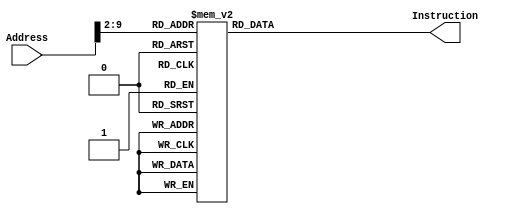
module InstructionMemory_S(Address, Instruction);
input [31:0] Address;
output [31:0] Instruction;
reg [31:0] Instruction;
always @(*)
	case(Address[9:2])
		0: Instruction<=32'b00001000000000000000000000000011;	//j Main
		1: Instruction<=32'b00001000000000000000000000100010;	//j Interrupt
		2: Instruction<=32'b00001000000000000000000000000000;	//j Abnormal
		3: Instruction<=32'b00111100000111100100000000000000;	//Main:   lui $fp,16384
		4: Instruction<=32'b00100000000111010000010000000000;	//addi $sp,$zero,1024
		5: Instruction<=32'b10101111110000000000000000001000;	//sw $zero,2($fp)
		6: Instruction<=32'b00100000000010001111100000000000;	//addi $t0,$zero,-2048
		7: Instruction<=32'b10101111110010000000000000000000;	//sw $t0,0($fp)
		8: Instruction<=32'b00100000000010001111111111111111;	//addi $t0,$zero,-1
		9: Instruction<=32'b10101111110010000000000000000100;	//sw $t0,1($fp)
		10:Instruction<=32'b00100000000010000000000000000011;	//addi $t0,$zero,3
		11:Instruction<=32'b10101111110010000000000000001000;	//sw $t0,2($fp)
		12:Instruction<=32'b10001111110010000000000000100000;	//Read1:   lw $t0,8($fp)
		13:Instruction<=32'b00110001000010000000000000001000;	//andi $t0,$t0,8
		14:Instruction<=32'b00010000000010001111111111111101;	//beq $t0,$zero,Read1
		15:Instruction<=32'b10001111110100000000000000011100;	//lw $s0,7($fp)
		16:Instruction<=32'b00000010000000001011000000100000;	//add $s6,$s0,$zero
		17:Instruction<=32'b10001111110010000000000000100000;	//Read2:   lw $t0,8($fp)
		18:Instruction<=32'b00110001000010000000000000001000;	//andi $t0,$t0,8
		19:Instruction<=32'b00010000000010001111111111111101;	//beq $t0,$zero,Read2
		20:Instruction<=32'b10001111110100010000000000011100;	//lw $s1,7($fp)
		21:Instruction<=32'b00000010001000001011100000100000;	//add $s7,$s1,$zero
		22:Instruction<=32'b00000000000000001001000000100000;	//add $s2,$zero,$zero
		23:Instruction<=32'b00000010001100000100000000100010;	//Judge:   sub $t0,$s1,$s0
		24:Instruction<=32'b00010000000010000000000000000110;	//beq $t0,$zero,Result
		25:Instruction<=32'b01001001000000000000000000000011;	//bltz $t0,Minus
		26:Instruction<=32'b00000010000000000100100000100000;	//add $t1,$s0,$zero
		27:Instruction<=32'b00000010001000001000000000100000;	//add $s0,$s1,$zero
		28:Instruction<=32'b00000001001000001000100000100000;	//add $s1,$t1,$zero
		29:Instruction<=32'b00000010000100011000000000100010;	//Minus:   sub $s0,$s0,$s1
		30:Instruction<=32'b00001000000000000000000000010111;	//j Judge
		31:Instruction<=32'b00000000000100011001000000100000;	//Result:   add $s2,$zero,$s1
		32:Instruction<=32'b10101111110100100000000000011000;	//sw $s2,6($fp)
		33:Instruction<=32'b00001000000000000000000000001100;	//j Read1
		34:Instruction<=32'b00100011101111011111111111011100;	//Interrupt:   addi $sp,$sp,-36
		35:Instruction<=32'b10101111101111100000000000100000;	//sw $fp,8($sp)
		36:Instruction<=32'b10101111101101100000000000011100;	//sw $s6,7($sp)
		37:Instruction<=32'b10101111101101110000000000011000;	//sw $s7,6($sp)
		38:Instruction<=32'b10101111101100100000000000010100;	//sw $s2,5($sp)
		39:Instruction<=32'b10101111101110100000000000010000;	//sw $k0,4($sp)
		40:Instruction<=32'b10101111101010000000000000001100;	//sw $t0,3($sp)
		41:Instruction<=32'b10101111101010010000000000001000;	//sw $t1,2($sp)
		42:Instruction<=32'b10101111101100000000000000000100;	//sw $s0,1($sp)
		43:Instruction<=32'b10101111101100010000000000000000;	//sw $s1,0($sp)
		44:Instruction<=32'b10101111110000000000000000001000;	//sw $zero,2($fp)
		45:Instruction<=32'b10001111110010000000000000010100;	//lw $t0,5($fp)
		46:Instruction<=32'b00110001000010010000100000000000;	//andi $t1,$t0,2048
		47:Instruction<=32'b00010000000010010000000000000111;	//beq $t1,$zero,AN2
		48:Instruction<=32'b00110001000010010000010000000000;	//andi $t1,$t0,1024
		49:Instruction<=32'b00010000000010010000000000001000;	//beq $t1,$zero,AN1
		50:Instruction<=32'b00110001000010010000001000000000;	//andi $t1,$t0,512
		51:Instruction<=32'b00010000000010010000000000001001;	//beq $t1,$zero,AN0
		52:Instruction<=32'b00000000000101100100000100000010;	//srl $t0,$s6,4
		53:Instruction<=32'b00100000000010010000011100000000;	//addi $t1,$zero,1792
		54:Instruction<=32'b00001000000000000000000000111111;	//j Trans
		55:Instruction<=32'b00110010110010000000000000001111;	//AN2:   andi $t0,$s6,15
		56:Instruction<=32'b00100000000010010000101100000000;	//addi $t1,$zero,2816
		57:Instruction<=32'b00001000000000000000000000111111;	//j Trans
		58:Instruction<=32'b00000000000101110100000100000010;	//AN1:   srl $t0,$s7,4
		59:Instruction<=32'b00100000000010010000110100000000;	//addi $t1,$zero,3328
		60:Instruction<=32'b00001000000000000000000000111111;	//j Trans
		61:Instruction<=32'b00110010111010000000000000001111;	//AN0:   andi $t0,$s7,15
		62:Instruction<=32'b00100000000010010000111000000000;	//addi $t1,$zero,3584
		63:Instruction<=32'b00010100000010000000000000000010;	//Trans:
		64:Instruction<=32'b00100001001010010000000011000000;	//bne $t0,$zero,One
		65:Instruction<=32'b00001000000000000000000001111011;	//addi $t1,$t1,192
		66:Instruction<=32'b00100001000010001111111111111111;	//j Save
		67:Instruction<=32'b00010100000010000000000000000010;	//One:   addi $t0,$t0,-1
		68:Instruction<=32'b00100001001010010000000011111001;	//bne $t0,$zero,Two
		69:Instruction<=32'b00001000000000000000000001111011;	//addi $t1,$t1,249
		70:Instruction<=32'b00100001000010001111111111111111;	//j Save
		71:Instruction<=32'b00010100000010000000000000000010;	//Two:   addi $t0,$t0,-1
		72:Instruction<=32'b00100001001010010000000010100100;	//bne $t0,$zero,Three
		73:Instruction<=32'b00001000000000000000000001111011;	//addi $t1,$t1,164
		74:Instruction<=32'b00100001000010001111111111111111;	//j Save
		75:Instruction<=32'b00010100000010000000000000000010;	//Three:   addi $t0,$t0,-1
		76:Instruction<=32'b00100001001010010000000010110000;	//bne $t0,$zero,Four
		77:Instruction<=32'b00001000000000000000000001111011;	//addi $t1,$t1,176
		78:Instruction<=32'b00100001000010001111111111111111;	//j Save
		79:Instruction<=32'b00010100000010000000000000000010;	//Four:   addi $t0,$t0,-1
		80:Instruction<=32'b00100001001010010000000010011001;	//bne $t0,$zero,Five
		81:Instruction<=32'b00001000000000000000000001111011;	//addi $t1,$t1,153
		82:Instruction<=32'b00100001000010001111111111111111;	//j Save
		83:Instruction<=32'b00010100000010000000000000000010;	//Five:   addi $t0,$t0,-1
		84:Instruction<=32'b00100001001010010000000010010010;	//bne $t0,$zero,Six
		85:Instruction<=32'b00001000000000000000000001111011;	//addi $t1,$t1,146
		86:Instruction<=32'b00100001000010001111111111111111;	//j Save
		87:Instruction<=32'b00010100000010000000000000000010;	//Six:   addi $t0,$t0,-1
		88:Instruction<=32'b00100001001010010000000010000010;	//bne $t0,$zero,Seven
		89:Instruction<=32'b00001000000000000000000001111011;	//addi $t1,$t1,130
		90:Instruction<=32'b00100001000010001111111111111111;	//j Save
		91:Instruction<=32'b00010100000010000000000000000010;	//Seven:   addi $t0,$t0,-1
		92:Instruction<=32'b00100001001010010000000011111000;	//bne $t0,$zero,Eight
		93:Instruction<=32'b00001000000000000000000001111011;	//addi $t1,$t1,248
		94:Instruction<=32'b00100001000010001111111111111111;	//j Save
		95:Instruction<=32'b00010100000010000000000000000010;	//Eight:   addi $t0,$t0,-1
		96:Instruction<=32'b00100001001010010000000010000000;	//bne $t0,$zero,Nine
		97:Instruction<=32'b00001000000000000000000001111011;	//addi $t1,$t1,128
		98:Instruction<=32'b00100001000010001111111111111111;	//j Save
		99:Instruction<=32'b00010100000010000000000000000010;	//Nine:   addi $t0,$t0,-1
		100:Instruction<=32'b00100001001010010000000010010000;	//bne $t0,$zero,Ten
		101:Instruction<=32'b00001000000000000000000001111011;	//addi $t1,$t1,144
		102:Instruction<=32'b00100001000010001111111111111111;	//j Save
		103:Instruction<=32'b00010100000010000000000000000010;	//Ten:   addi $t0,$t0,-1
		104:Instruction<=32'b00100001001010010000000010001000;	//bne $t0,$zero,Eleven
		105:Instruction<=32'b00001000000000000000000001111011;	//addi $t1,$t1,136
		106:Instruction<=32'b00100001000010001111111111111111;	//j Save
		107:Instruction<=32'b00010100000010000000000000000010;	//Eleven:   addi $t0,$t0,-1
		108:Instruction<=32'b00100001001010010000000010000011;	//bne $t0,$zero,Twelve
		109:Instruction<=32'b00001000000000000000000001111011;	//addi $t1,$t1,131
		110:Instruction<=32'b00100001000010001111111111111111;	//j Save
		111:Instruction<=32'b00010100000010000000000000000010;	//Twelve:   addi $t0,$t0,-1
		112:Instruction<=32'b00100001001010010000000011000110;	//bne $t0,$zero,Thirteen
		113:Instruction<=32'b00001000000000000000000001111011;	//addi $t1,$t1,198
		114:Instruction<=32'b00100001000010001111111111111111;	//j Save
		115:Instruction<=32'b00010100000010000000000000000010;	//Thirteen:   addi $t0,$t0,-1
		116:Instruction<=32'b00100001001010010000000010100001;	//bne $t0,$zero,Fourteen
		117:Instruction<=32'b00001000000000000000000001111011;	//addi $t1,$t1,161
		118:Instruction<=32'b00100001000010001111111111111111;	//j Save
		119:Instruction<=32'b00010100000010000000000000000010;	//Fourteen:   addi $t0,$t0,-1
		120:Instruction<=32'b00100001001010010000000010000110;	//bne $t0,$zero,Fifteen
		121:Instruction<=32'b00001000000000000000000001111011;	//addi $t1,$t1,134
		122:Instruction<=32'b00100001001010010000000010001110;	//j Save
		123:Instruction<=32'b10101111110010010000000000010100;	//Fifteen:   addi $t1,$t1,142
		124:Instruction<=32'b10101111110100100000000000001100;	//Save:   sw $t1,5($fp)
		125:Instruction<=32'b00100000000010000000000000000011;	//sw $s2,3($fp)
		126:Instruction<=32'b10101111110010000000000000001000;	//addi $t0,$zero,3
		127:Instruction<=32'b10001111101100010000000000000000;	//sw $t0,2($fp)
		128:Instruction<=32'b10001111101100000000000000000100;	//lw $s1,0($sp)
		129:Instruction<=32'b10001111101010010000000000001000;	//lw $s0,1($sp)
		130:Instruction<=32'b10001111101010000000000000001100;	//lw $t1,2($sp)
		131:Instruction<=32'b10001111101110100000000000010000;	//lw $t0,3($sp)
		132:Instruction<=32'b10001111101100100000000000010100;	//lw $k0,4($sp)
		133:Instruction<=32'b10001111101101110000000000011000;	//lw $s2,5($sp)
		134:Instruction<=32'b10001111101101100000000000011100;	//lw $s7,6($sp)
		135:Instruction<=32'b10001111101111100000000000100000;	//lw $s6,7($sp)
		136:Instruction<=32'b00100011101111010000000000100100;	//lw $fp,8($sp)
		137:Instruction<=32'b00000011010000000000000000001000;	//addi $sp,$sp,36
		default:Instruction<=32'b00000000000000000000000000000000;
	endcase
endmodule